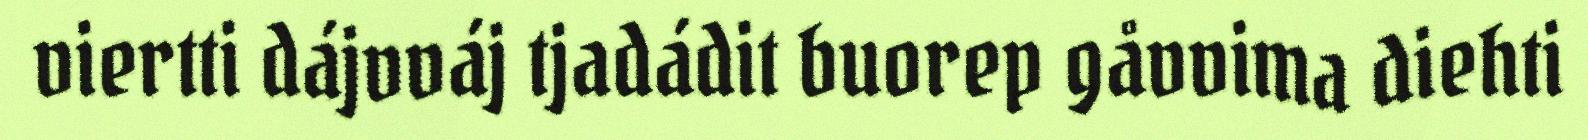
viertti dájvváj tjadádit buorep gåvvima diehti